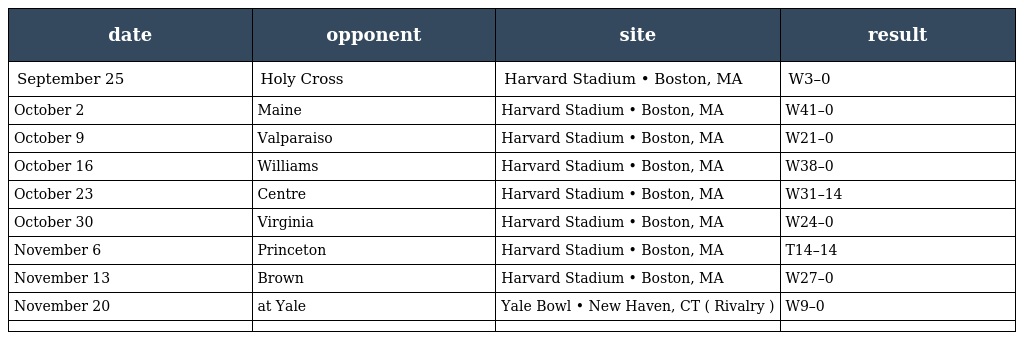
| date | opponent | site | result |
 | --- | --- | --- | --- |
 | September 25 | Holy Cross | Harvard Stadium • Boston, MA | W3–0 |
 | October 2 | Maine | Harvard Stadium • Boston, MA | W41–0 |
 | October 9 | Valparaiso | Harvard Stadium • Boston, MA | W21–0 |
 | October 16 | Williams | Harvard Stadium • Boston, MA | W38–0 |
 | October 23 | Centre | Harvard Stadium • Boston, MA | W31–14 |
 | October 30 | Virginia | Harvard Stadium • Boston, MA | W24–0 |
 | November 6 | Princeton | Harvard Stadium • Boston, MA | T14–14 |
 | November 13 | Brown | Harvard Stadium • Boston, MA | W27–0 |
 | November 20 | at Yale | Yale Bowl • New Haven, CT ( Rivalry ) | W9–0 |
 |  |  |  |  |